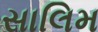
સાલિમ